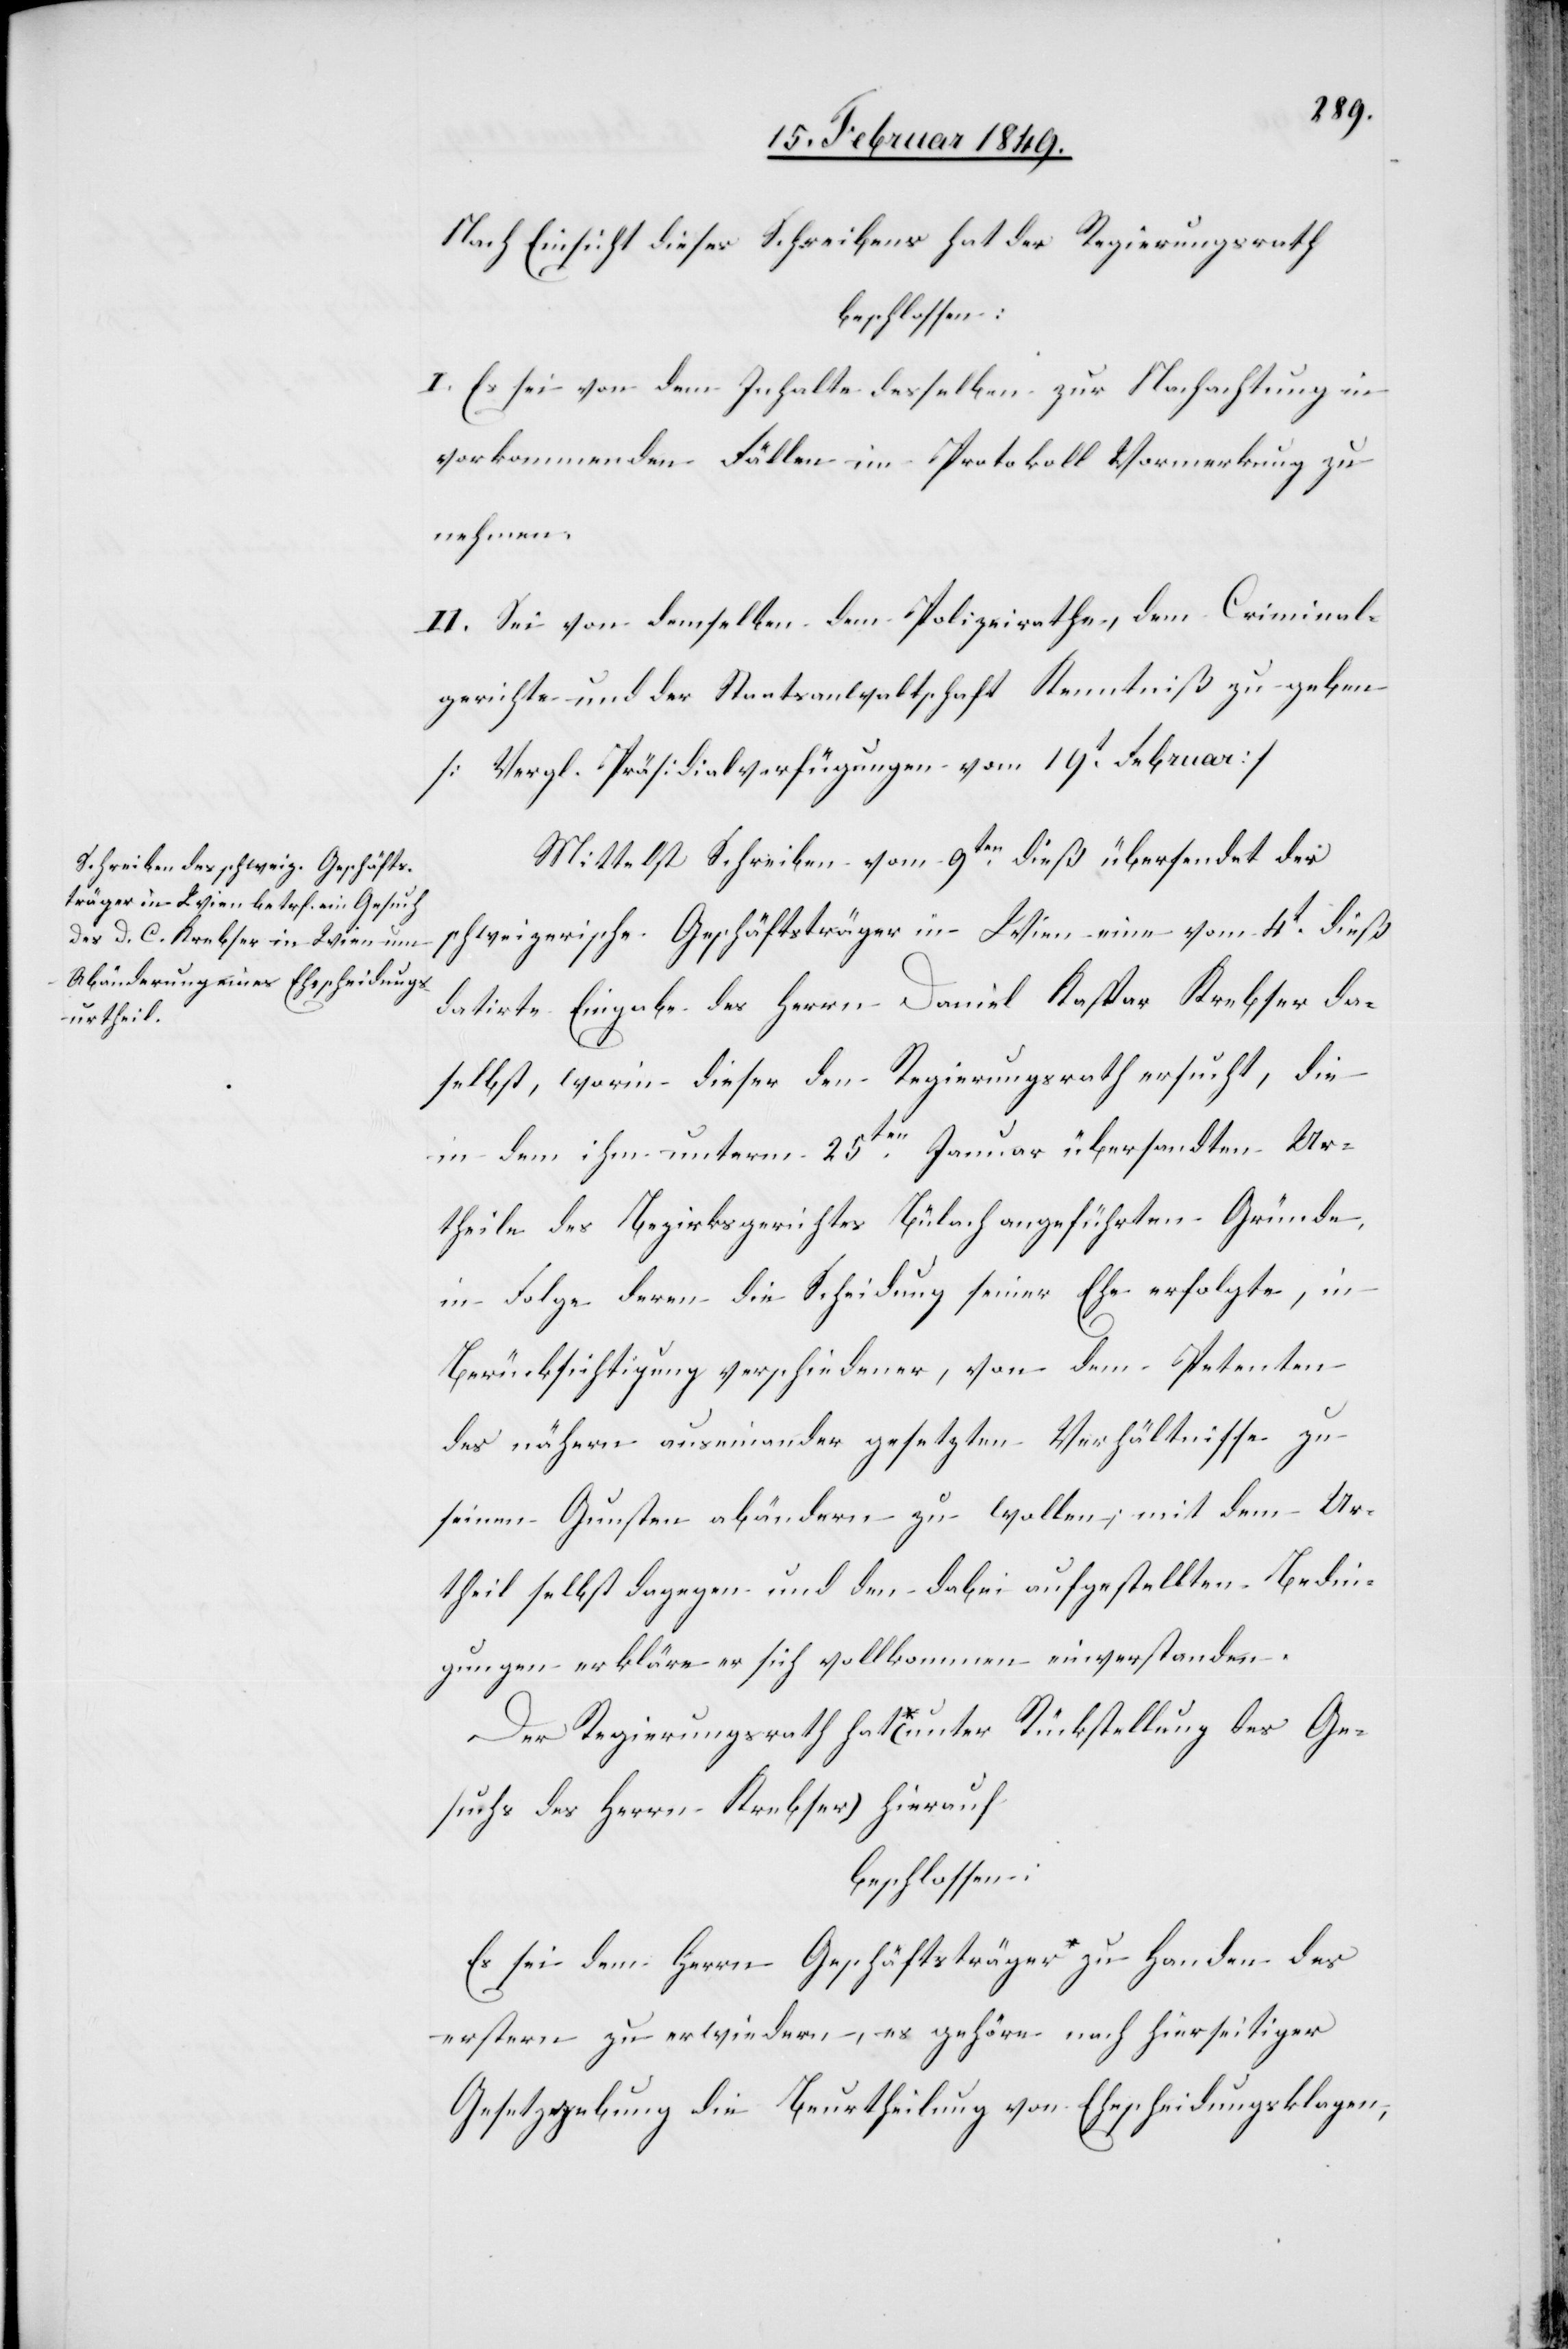
Nach Einsicht dieses Schreibens hat der Regierungsrath
beschlossen:
I. Es sei von dem Inhalte desselben zur Nachachtung in
vorkommenden Fällen im Protokoll Vormerkung zu
nehmen.
II. Sei von demselben dem Polizeirathe, dem Criminal¬
gerichte und der Staatsanwaltschaft Kenntniß zu geben
[Vergl. Präsidialverfügungen vom 19t. Februar]
Mittelst Schreiben vom 9ten. dieß übersendet der
schweizerische Geschäftsträger in Wien eine vom 4t. dieß
datirte Eingabe des Herrn David Kaspar Krebser da¬
selbst, worin dieser den Regierungsrath ersucht, die
in dem ihm unterm 25ten. Januar übersandten Ur¬
theile des Bezirksgerichtes Bülach angeführten Gründe,
in Folge deren die Scheidung seiner Ehe erfolgte, in
Berücksichtigung verschiedener, von dem Petenten
des nähern auseinander gesetzten Verhältnisse zu
seinen Gunsten abändern zu wollen, mit dem Ur¬
theil selbst dagegen und den dabei aufgestellten Bedin¬
gungen erkläre er sich vollkommen einverstanden.
Der Regierungsrath hat * (unter Rückstellung des Ge¬
suchs des Herrn Krebser) hierauf
beschlossen:
Es sei dem Herrn Geschäftsträger * zu Handen des
erstern zu erwiedern, es gehöre nach hierseitiger
Gesetzgebung die Beurtheilung von Ehescheidungsklagen,